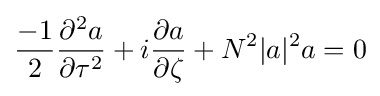
{\frac {-1}{2}}{\frac {\partial ^{2}a}{\partial \tau ^{2}}}+i{\frac {\partial a}{\partial \zeta }}+N^{2}|a|^{2}a=0